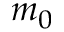
m _ { 0 }